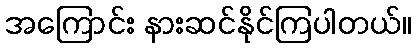
အကြောင်း နားဆင်နိုင်ကြပါတယ်။